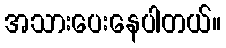
အသားပေးနေပါတယ်။